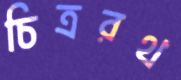
চিত্ররথ